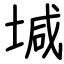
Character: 堿